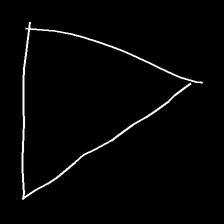
Glyph: convergence